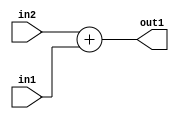
`timescale 1ps / 1ps
/*****************************************************************************
    Verilog RTL Description
    
    
    Created by: Stratus DpOpt 2019.1.01 
*******************************************************************************/

module fix2float_Add_23Sx8U_23S_4_0 (
	in2,
	in1,
	out1
	); /* architecture "behavioural" */ 
input [22:0] in2;
input [7:0] in1;
output [22:0] out1;
wire [22:0] asc001;

assign asc001 = 
	+(in2)
	+(in1);

assign out1 = asc001;
endmodule

/* CADENCE  urn3TQo= : u9/ySgnWtBlWxVPRXgAZ4Og= ** DO NOT EDIT THIS LINE ******/